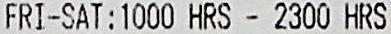
FRI-SAT:1000 HRS - 2300 HRS